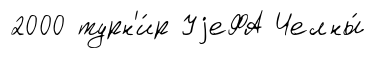
2000 турн'и́р УjеФА Челны́